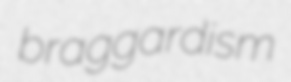
braggardism